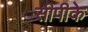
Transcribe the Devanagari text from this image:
सीपीके